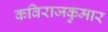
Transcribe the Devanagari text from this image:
कविराजकुमार